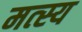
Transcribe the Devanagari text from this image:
मत्स्‍य